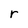
Character: r